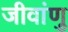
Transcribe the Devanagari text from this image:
जीवांणु